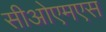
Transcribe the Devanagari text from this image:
सीओएमएस